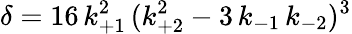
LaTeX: \delta=16\, k_{+1}^{2}\, (k_{+2}^{2}-3\, k_{-1}\, k_{-2})^{3}